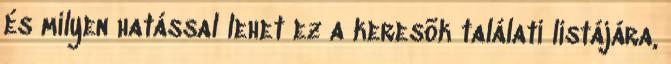
és milyen hatással lehet ez a keresõk találati listájára,